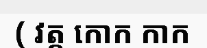
( វត្ត កោក កាក